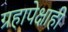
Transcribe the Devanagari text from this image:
ग्रहापेक्षाही